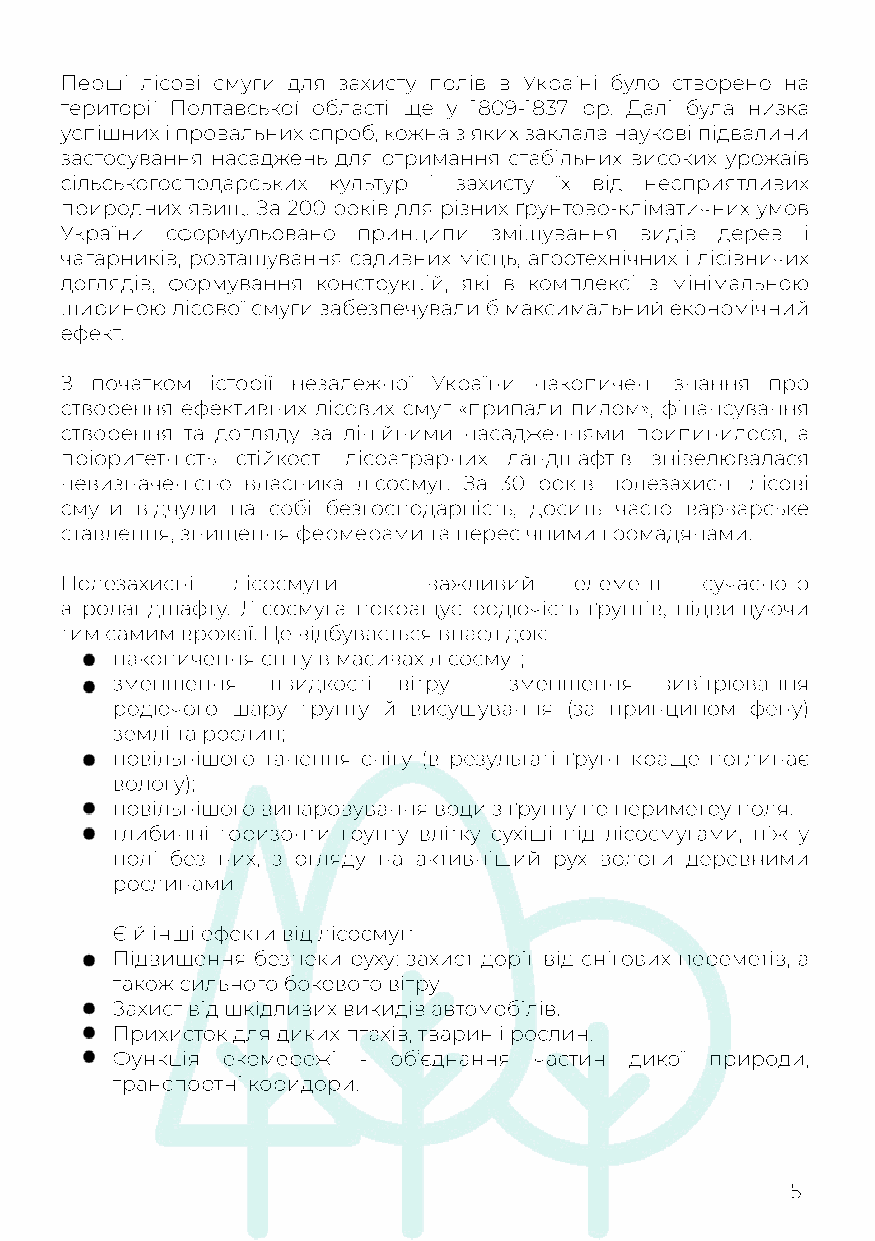
Перші лісові смуги для захисту полів в Україні було створено на
 території Полтавської області ще у 1809-1837 рр. Далі була низка
 успішних і провальних спроб, кожна з яких заклала наукові підвалини
 застосування насаджень для отримання стабільних високих урожаїв
 сільськогосподарських культур і захисту їх від несприятливих
 природних явищ. За 200 років для різних ґрунтово-кліматичних умов
 України сформульовано принципи змішування видів дерев і
 ччааггааррннииккіівв,, розташування садивних місць, агротехнічних і лісівничих
 доглядів, формування конструкцій, які в комплексі з мінімальною
 шириною лісової смуги забезпечували б максимальний економічний
 ефект.
 З початком історії незалежної України накопичені знання про
 створення ефективних лісових смуг «припали пилом», фінансування
 створення та догляду за лінійними насадженнями припинилося, а
 пріоритетність стійкості лісоаграрних ландшафтів знівелювалася
 невизначеністю власника лісосмуг. За 30 років полезахисні лісові
 смуги відчули на собі безгосподарність, досить часто варварське
 ставлення, знищення фермерами та пересічними громадянами.
 ППолезахисні лісосмуги – важливий елемент сучасного
 агроландшафту. Лісосмуга покращує родючість ґрунтів, підвищуючи
 тим самим врожаї. Це відбувається внаслідок:
 накопичення снігу в масивах лісосмуг;
 зменшення швидкості вітру - зменшення вивітрювання
 родючого шару грунту й висушування (за принципом фену)
 землі та рослин;
 ппооввііллььнніішшоого танення снігу (в результаті ґрунт краще поглинає
 вологу);
 повільнішого випаровування води з ґрунту по периметру поля.
 глибинні горизонти ґрунту влітку сухіші під лісосмугами, ніж у
 полі без них, з огляду на активніший рух вологи деревними
 рослинами.
 Є й інші ефекти від лісосмуг:
 ППііддввиищщеенннняя безпеки руху: захист доріг від снігових переметів, а
 також сильного бокового вітру.
 Захист від шкідливих викидів автомобілів.
 Прихисток для диких птахів, тварин і рослин.
 Функція екомережі - об’єднання частин дикої природи,
 транспортні коридори.
 5